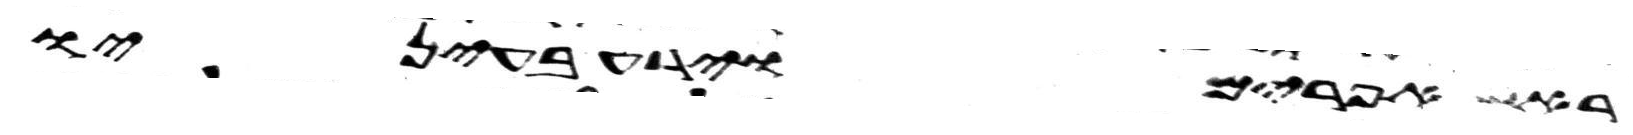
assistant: ראש אפרים וירע בעיניו